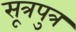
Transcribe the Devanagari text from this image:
सूत्रपुत्र